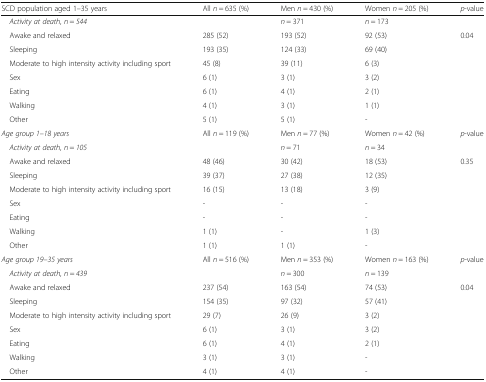
<table><thead><tr><td><b>SCD population aged 1–35 years</b></td><td><b>All <i>n</i> = 635 (%)</b></td><td><b>Men <i>n</i> = 430 (%)</b></td><td><b>Women <i>n</i> = 205 (%)</b></td><td><b><i>p</i>-value</b></td></tr></thead><tbody><tr><td> <i>Activity at death, n</i> = <i>544</i></td><td>[EMPTY_CELL]</td><td><i>n</i> = 371</td><td><i>n</i> = 173</td><td>[EMPTY_CELL]</td></tr><tr><td> Awake and relaxed</td><td>285 (52)</td><td>193 (52)</td><td>92 (53)</td><td rowspan="7">0.04</td></tr><tr><td> Sleeping</td><td>193 (35)</td><td>124 (33)</td><td>69 (40)</td></tr><tr><td> Moderate to high intensity activity including sport</td><td>45 (8)</td><td>39 (11)</td><td>6 (3)</td></tr><tr><td> Sex</td><td>6 (1)</td><td>3 (1)</td><td>3 (2)</td></tr><tr><td> Eating</td><td>6 (1)</td><td>4 (1)</td><td>2 (1)</td></tr><tr><td> Walking</td><td>4 (1)</td><td>3 (1)</td><td>1 (1)</td></tr><tr><td> Other</td><td>5 (1)</td><td>5 (1)</td><td>-</td></tr><tr><td><i>Age group 1–18 years</i></td><td>All <i>n</i> = 119 (%)</td><td>Men <i>n</i> = 77 (%)</td><td>Women <i>n</i> = 42 (%)</td><td><i>p</i>-value</td></tr><tr><td> <i>Activity at death, n</i> = <i>105</i></td><td>[EMPTY_CELL]</td><td><i>n</i> = 71</td><td><i>n</i> = 34</td><td>[EMPTY_CELL]</td></tr><tr><td> Awake and relaxed</td><td>48 (46)</td><td>30 (42)</td><td>18 (53)</td><td rowspan="7">0.35</td></tr><tr><td> Sleeping</td><td>39 (37)</td><td>27 (38)</td><td>12 (35)</td></tr><tr><td> Moderate to high intensity activity including sport</td><td>16 (15)</td><td>13 (18)</td><td>3 (9)</td></tr><tr><td> Sex</td><td>-</td><td>-</td><td>-</td></tr><tr><td> Eating</td><td>-</td><td>-</td><td>-</td></tr><tr><td> Walking</td><td>1 (1)</td><td>-</td><td>1 (3)</td></tr><tr><td> Other</td><td>1 (1)</td><td>1 (1)</td><td>-</td></tr><tr><td><i>Age group 19–35 years</i></td><td>All <i>n</i> = 516 (%)</td><td>Men <i>n</i> = 353 (%)</td><td>Women <i>n</i> = 163 (%)</td><td><i>p</i>-value</td></tr><tr><td> <i>Activity at death, n</i> = <i>439</i></td><td>[EMPTY_CELL]</td><td><i>n</i> = 300</td><td><i>n</i> = 139</td><td>[EMPTY_CELL]</td></tr><tr><td> Awake and relaxed</td><td>237 (54)</td><td>163 (54)</td><td>74 (53)</td><td rowspan="7">0.04</td></tr><tr><td> Sleeping</td><td>154 (35)</td><td>97 (32)</td><td>57 (41)</td></tr><tr><td> Moderate to high intensity activity including sport</td><td>29 (7)</td><td>26 (9)</td><td>3 (2)</td></tr><tr><td> Sex</td><td>6 (1)</td><td>3 (1)</td><td>3 (2)</td></tr><tr><td> Eating</td><td>6 (1)</td><td>4 (1)</td><td>2 (1)</td></tr><tr><td> Walking</td><td>3 (1)</td><td>3 (1)</td><td>-</td></tr><tr><td> Other</td><td>4 (1)</td><td>4 (1)</td><td>-</td></tr></tbody></table>